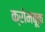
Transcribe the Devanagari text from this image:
क्रोमबूक